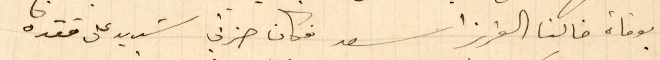
بوفاة خالنا العزيز اسعد فكان حزني شديد على فقده